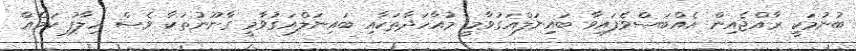
ބުނުމަކީ ރާއްޖެއިން އެއްބަސްވެފައިވާ ބައިނަލްއަގުވާމީ މުއާހަދާތަކާއި ބައިނަލްއަގުވާމީ ގާނޫނުތަކާ ވެސް ހިލާފު ކަމެއް